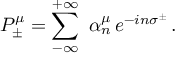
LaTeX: P _ { \pm } ^ { \mu } = \sum _ { - \infty } ^ { + \infty } \ \alpha _ { n } ^ { \mu } \, e ^ { - i n \sigma ^ { \pm } } \, .